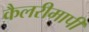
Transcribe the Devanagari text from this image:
कैलरीमापी